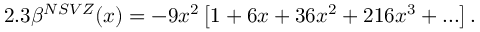
2 . 3 \beta ^ { N S V Z } ( x ) = - 9 x ^ { 2 } \left[ 1 + 6 x + 3 6 x ^ { 2 } + 2 1 6 x ^ { 3 } + . . . \right] .